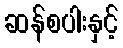
ဆန်စပါးနှင့်